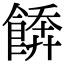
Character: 𩝼